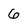
Character: 6